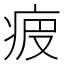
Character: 𤵷